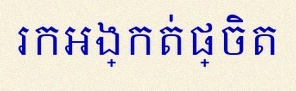
រកអង្កត់ផ្ចិត